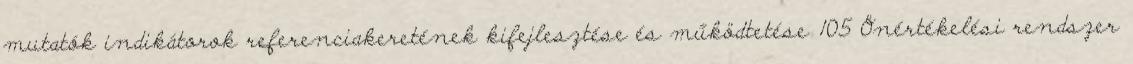
mutatók indikátorok referenciakeretének kifejlesztése és működtetése 105 Önértékelési rendszer